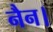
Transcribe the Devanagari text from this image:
नैन।